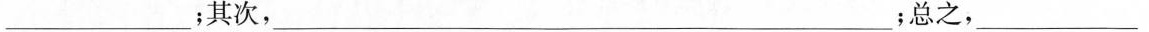
___；其次，___；总之，___